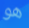
هو